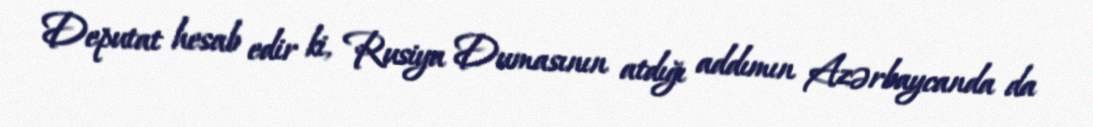
Deputat hesab edir ki, Rusiya Dumasının atdığı addımın Azərbaycanda da